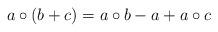
LaTeX: \begin{align*}a\circ (b+c)=a\circ b-a+a\circ c\end{align*}